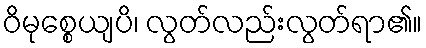
ဝိမုစ္စေယျပိ၊ လွတ်လည်းလွတ်ရာ၏။